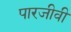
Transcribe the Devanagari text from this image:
पारजीवी